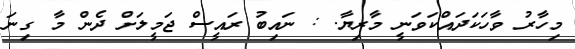
މިހާރު ވާހަކަދައްކަވަނީ މާރިޔާ. : ނައިބު ރައީސް ޖަމީލަށް ދެން މާ ގިނަ